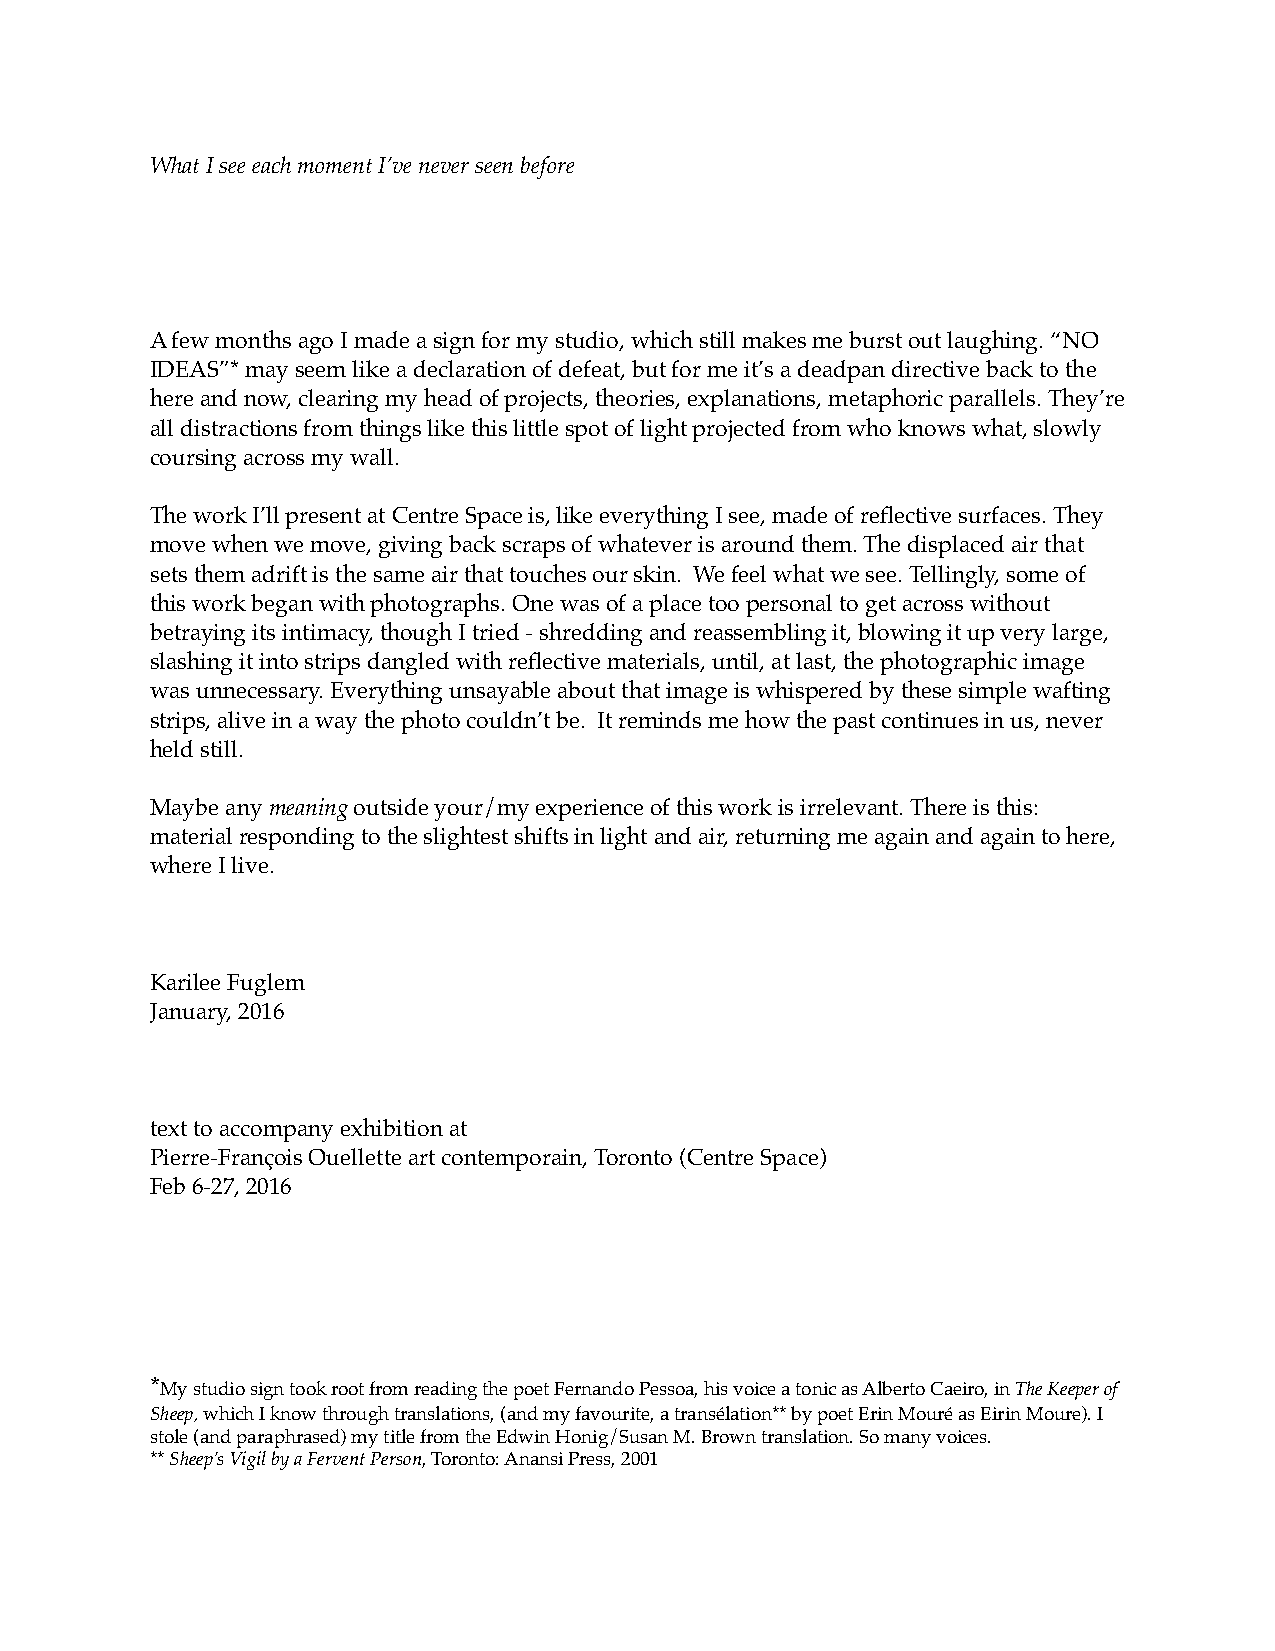
What I see each moment I’ve never seen before
 A few months ago I made a sign for my studio, which still makes me burst out laughing. “NO
 IDEAS”* may seem like a declaration of defeat, but for me it’s a deadpan directive back to the
 here and now, clearing my head of projects, theories, explanations, metaphoric parallels. They’re
 all distractions from things like this little spot of light projected from who knows what, slowly
 coursing across my wall.
 The work I’ll present at Centre Space is, like everything I see, made of reflective surfaces. They
 move when we move, giving back scraps of whatever is around them. The displaced air that
 sets them adrift is the same air that touches our skin. We feel what we see. Tellingly, some of
 this work began with photographs. One was of a place too personal to get across without
 betraying its intimacy, though I tried - shredding and reassembling it, blowing it up very large,
 slashing it into strips dangled with reflective materials, until, at last, the photographic image
 was unnecessary. Everything unsayable about that image is whispered by these simple wafting
 strips, alive in a way the photo couldn’t be. It reminds me how the past continues in us, never
 held still.
 Maybe any meaning outside your/my experience of this work is irrelevant. There is this:
 material responding to the slightest shifts in light and air, returning me again and again to here,
 where I live.
 Karilee Fuglem
 January, 2016
 text to accompany exhibition at
 Pierre-François Ouellette art contemporain, Toronto (Centre Space)
 Feb 6-27, 2016
 *My studio sign took root from reading the poet Fernando Pessoa, his voice a tonic as Alberto Caeiro, in The Keeper of
 Sheep, which I know through translations, (and my favourite, a transélation** by poet Erin Mouré as Eirin Moure). I
 stole (and paraphrased) my title from the Edwin Honig/Susan M. Brown translation. So many voices.
 ** Sheep’s Vigil by a Fervent Person, Toronto: Anansi Press, 2001